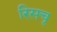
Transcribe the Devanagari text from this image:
रिसचृ